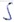
Text: S